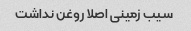
سیب زمینی اصلا روغن نداشت